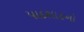
પાદશાહનો